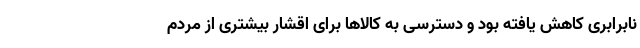
نابرابری کاهش یافته بود و دسترسی به کالاها برای اقشار بیشتری از مردم